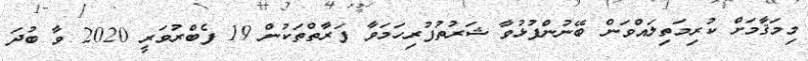
މިމަޤާމަށް ކުރިމަތިލައްވަން ބޭނުންފުޅުވާ ޝަރުތުފުރިހަމަވާ ފަރާތްތަކުން 19 ފެބްރުވަރީ 2020 ވާ ބުދަ